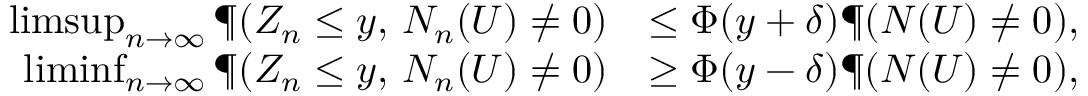
\begin{array} { r l } { \operatorname* { l i m s u p } _ { n \to \infty } \P ( Z _ { n } \leq y , \, N _ { n } ( U ) \neq 0 ) } & { \leq \Phi ( y + \delta ) \P ( N ( U ) \neq 0 ) , } \\ { \operatorname* { l i m i n f } _ { n \to \infty } \P ( Z _ { n } \leq y , \, N _ { n } ( U ) \neq 0 ) } & { \geq \Phi ( y - \delta ) \P ( N ( U ) \neq 0 ) , } \end{array}